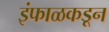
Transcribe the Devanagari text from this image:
इंफाळकडून